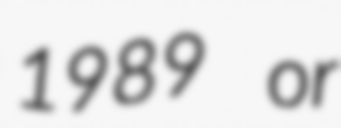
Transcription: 1989 or